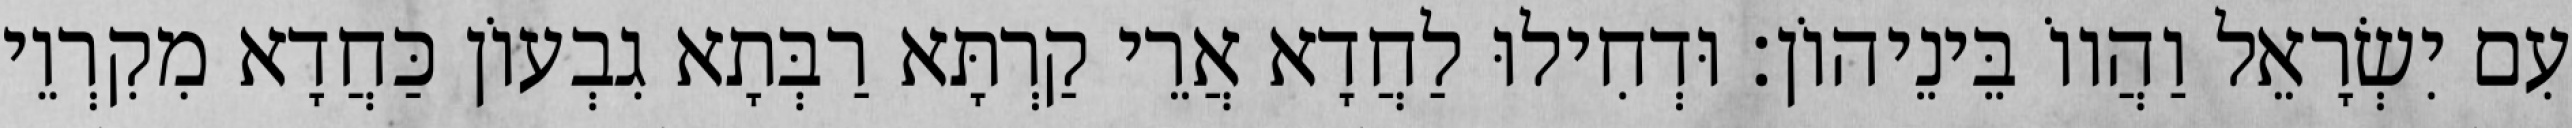
עִם יִשְׂרָאֵל וַהֲווֹ בֵּינֵיהוֹן׃ וּדְחִילוּ לַחֲדָא אֲרֵי קַרְתָּא רַבְּתָא גִבְעוֹן כַּחֲדָא מִקִרְוֵי